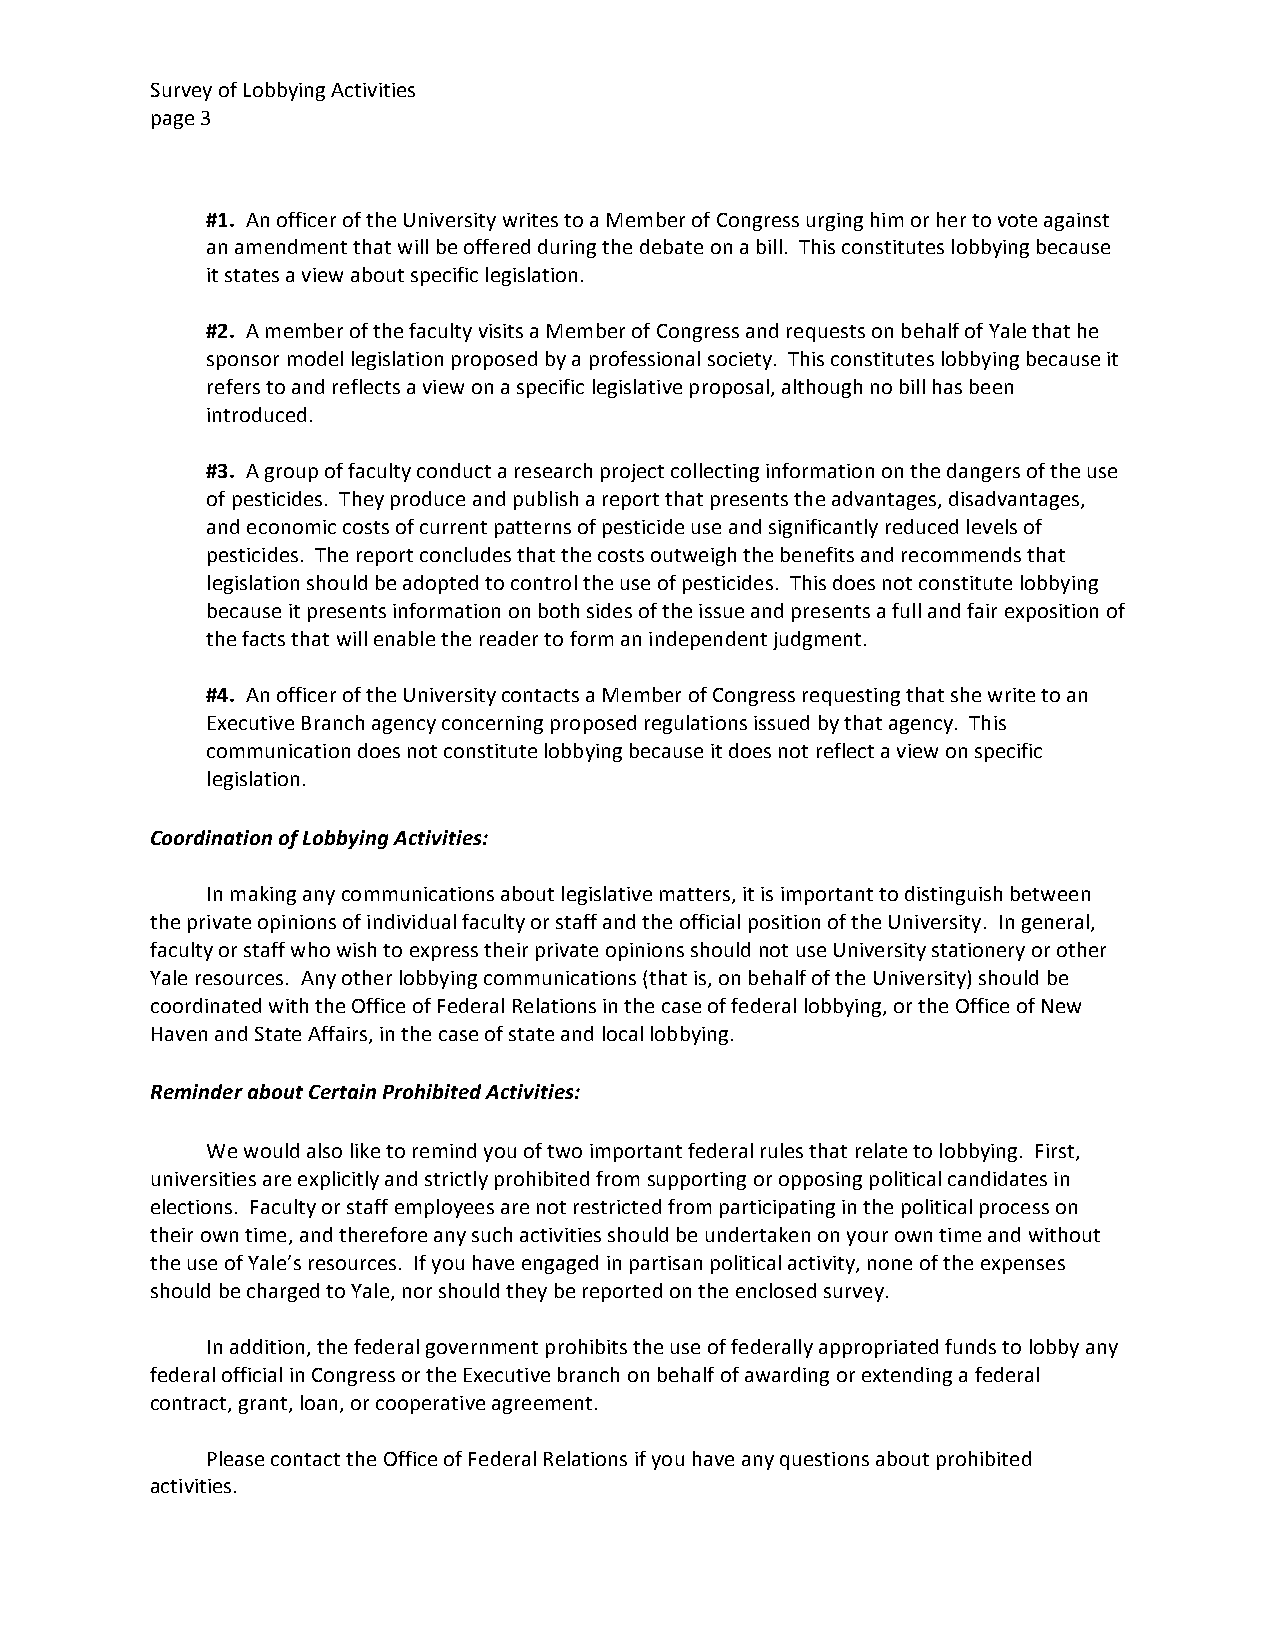
Survey of Lobbying Activities
 page 3
 #1. An officer of the University writes to a Member of Congress urging him or her to vote against
 an amendment that will be offered during the debate on a bill. This constitutes lobbying because
 it states a view about specific legislation.
 #2. A member of the faculty visits a Member of Congress and requests on behalf of Yale that he
 sponsor model legislation proposed by a professional society. This constitutes lobbying because it
 refers to and reflects a view on a specific legislative proposal, although no bill has been
 introduced.
 #3. A group of faculty conduct a research project collecting information on the dangers of the use
 of pesticides. They produce and publish a report that presents the advantages, disadvantages,
 and economic costs of current patterns of pesticide use and significantly reduced levels of
 pesticides. The report concludes that the costs outweigh the benefits and recommends that
 legislation should be adopted to control the use of pesticides. This does not constitute lobbying
 because it presents information on both sides of the issue and presents a full and fair exposition of
 the facts that will enable the reader to form an independent judgment.
 #4. An officer of the University contacts a Member of Congress requesting that she write to an
 Executive Branch agency concerning proposed regulations issued by that agency. This
 communication does not constitute lobbying because it does not reflect a view on specific
 legislation.
 Coordination of Lobbying Activities:
 In making any communications about legislative matters, it is important to distinguish between
 the private opinions of individual faculty or staff and the official position of the University. In general,
 faculty or staff who wish to express their private opinions should not use University stationery or other
 Yale resources. Any other lobbying communications (that is, on behalf of the University) should be
 coordinated with the Office of Federal Relations in the case of federal lobbying, or the Office of New
 Haven and State Affairs, in the case of state and local lobbying.
 Reminder about Certain Prohibited Activities:
 We would also like to remind you of two important federal rules that relate to lobbying. First,
 universities are explicitly and strictly prohibited from supporting or opposing political candidates in
 elections. Faculty or staff employees are not restricted from participating in the political process on
 their own time, and therefore any such activities should be undertaken on your own time and without
 the use of Yale’s resources. If you have engaged in partisan political activity, none of the expenses
 should be charged to Yale, nor should they be reported on the enclosed survey.
 In addition, the federal government prohibits the use of federally appropriated funds to lobby any
 federal official in Congress or the Executive branch on behalf of awarding or extending a federal
 contract, grant, loan, or cooperative agreement.
 Please contact the Office of Federal Relations if you have any questions about prohibited
 activities.